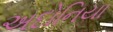
અદોનિયા